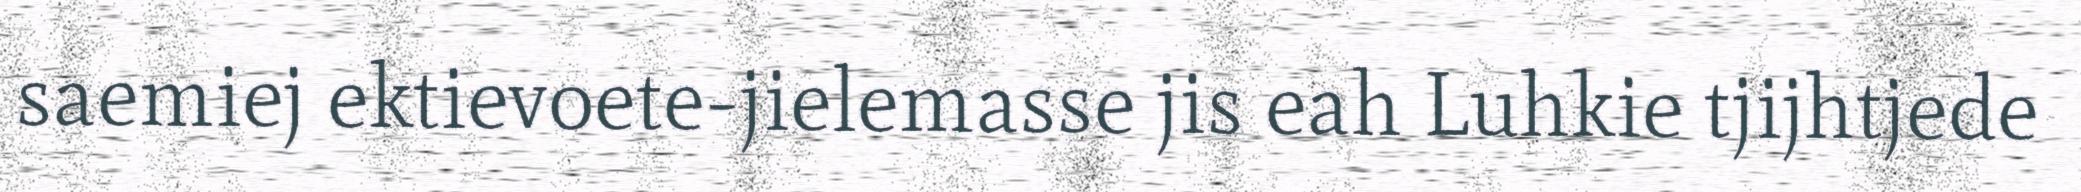
saemiej ektievoete-jielemasse jis eah Luhkie tjijhtjede